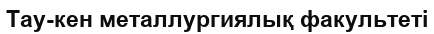
Тау-кен металлургиялық факультеті